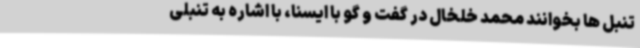
تنبل ها بخوانند محمد خلخال در گفت و گو با ایسنا، با اشاره به تنبلی